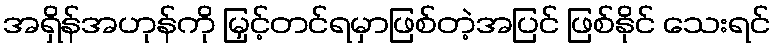
အရှိန်အဟုန်ကို မြှင့်တင်ရမှာဖြစ်တဲ့အပြင် ဖြစ်နိုင် သေးရင်